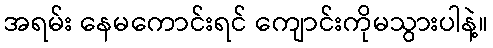
အရမ်း နေမကောင်းရင် ကျောင်းကိုမသွားပါနဲ့။